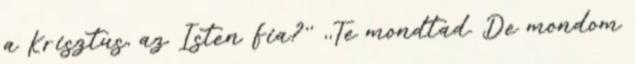
a Krisztus, az Isten Fia?'' ,,Te mondtad. De mondom